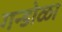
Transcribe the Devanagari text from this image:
गन्डोळा